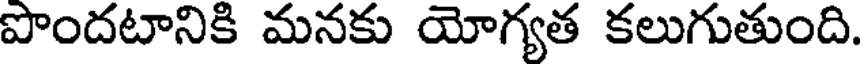
పొందటానికి మనకు యోగ్యత కలుగుతుంది.